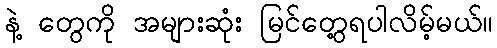
နဲ့ တွေကို အများဆုံး မြင်တွေ့ရပါလိမ့်မယ်။